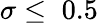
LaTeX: \sigma\leq\; 0.5